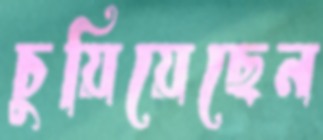
চুয়িয়েছেন